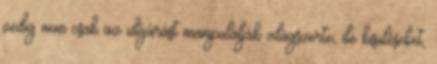
pedig nem csak az időjárást manipulálják világszerte, de kisüléseket,